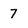
Character: 7